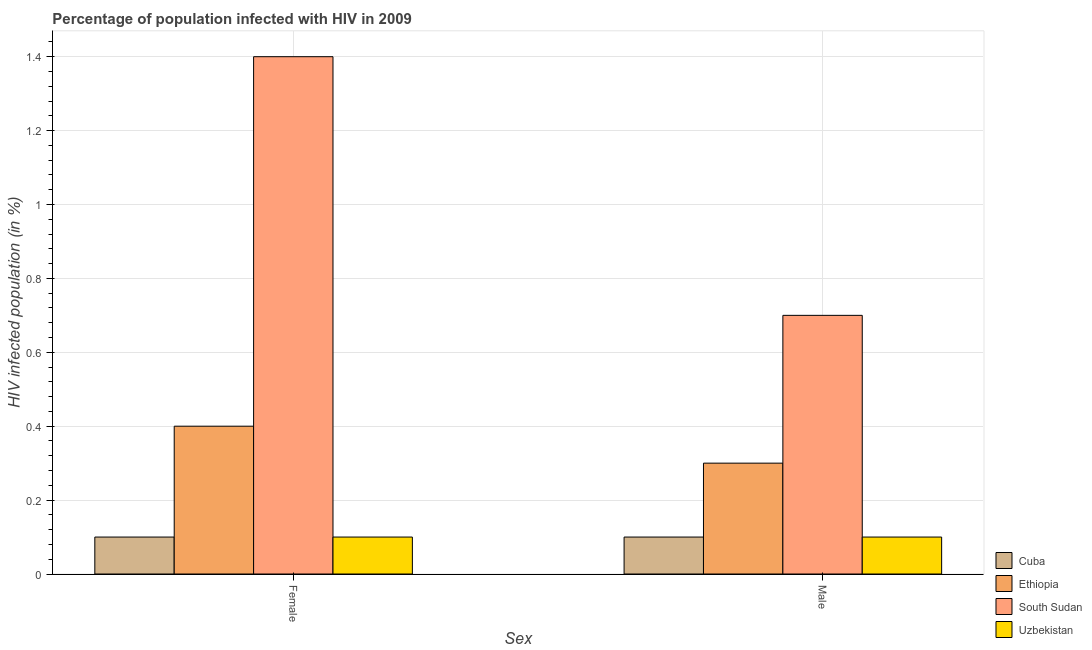
| Sex | Cuba | Ethiopia | South Sudan | Uzbekistan |
 | --- | --- | --- | --- | --- |
 | Female | 0.1 | 0.4 | 1.4 | 0.1 |
 | Male | 0.1 | 0.3 | 0.7 | 0.1 |